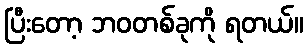
ပြီးတော့ ဘဝတစ်ခုကို ရတယ်။